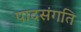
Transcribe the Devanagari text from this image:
पादसंगति